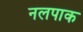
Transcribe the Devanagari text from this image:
नलपाक